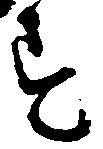
す